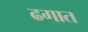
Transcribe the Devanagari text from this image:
ढगात